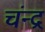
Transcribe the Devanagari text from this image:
चंन्द्र